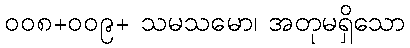
၀၀၈+၀၀၉+ သမသမော၊ အတုမရှိသော